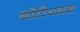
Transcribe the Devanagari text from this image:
घोरीभारत